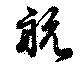
航